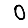
Digit: 0